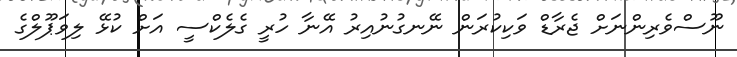
ނޫސްވެރިންނަށް ޖެރާޑް ވަކިކުރަން ނޭނގުނުއިރު އޭނާ ހުރީ ގެލެކްސީ އަށް ކުޅޭ ލިވަޕޫލްގެ